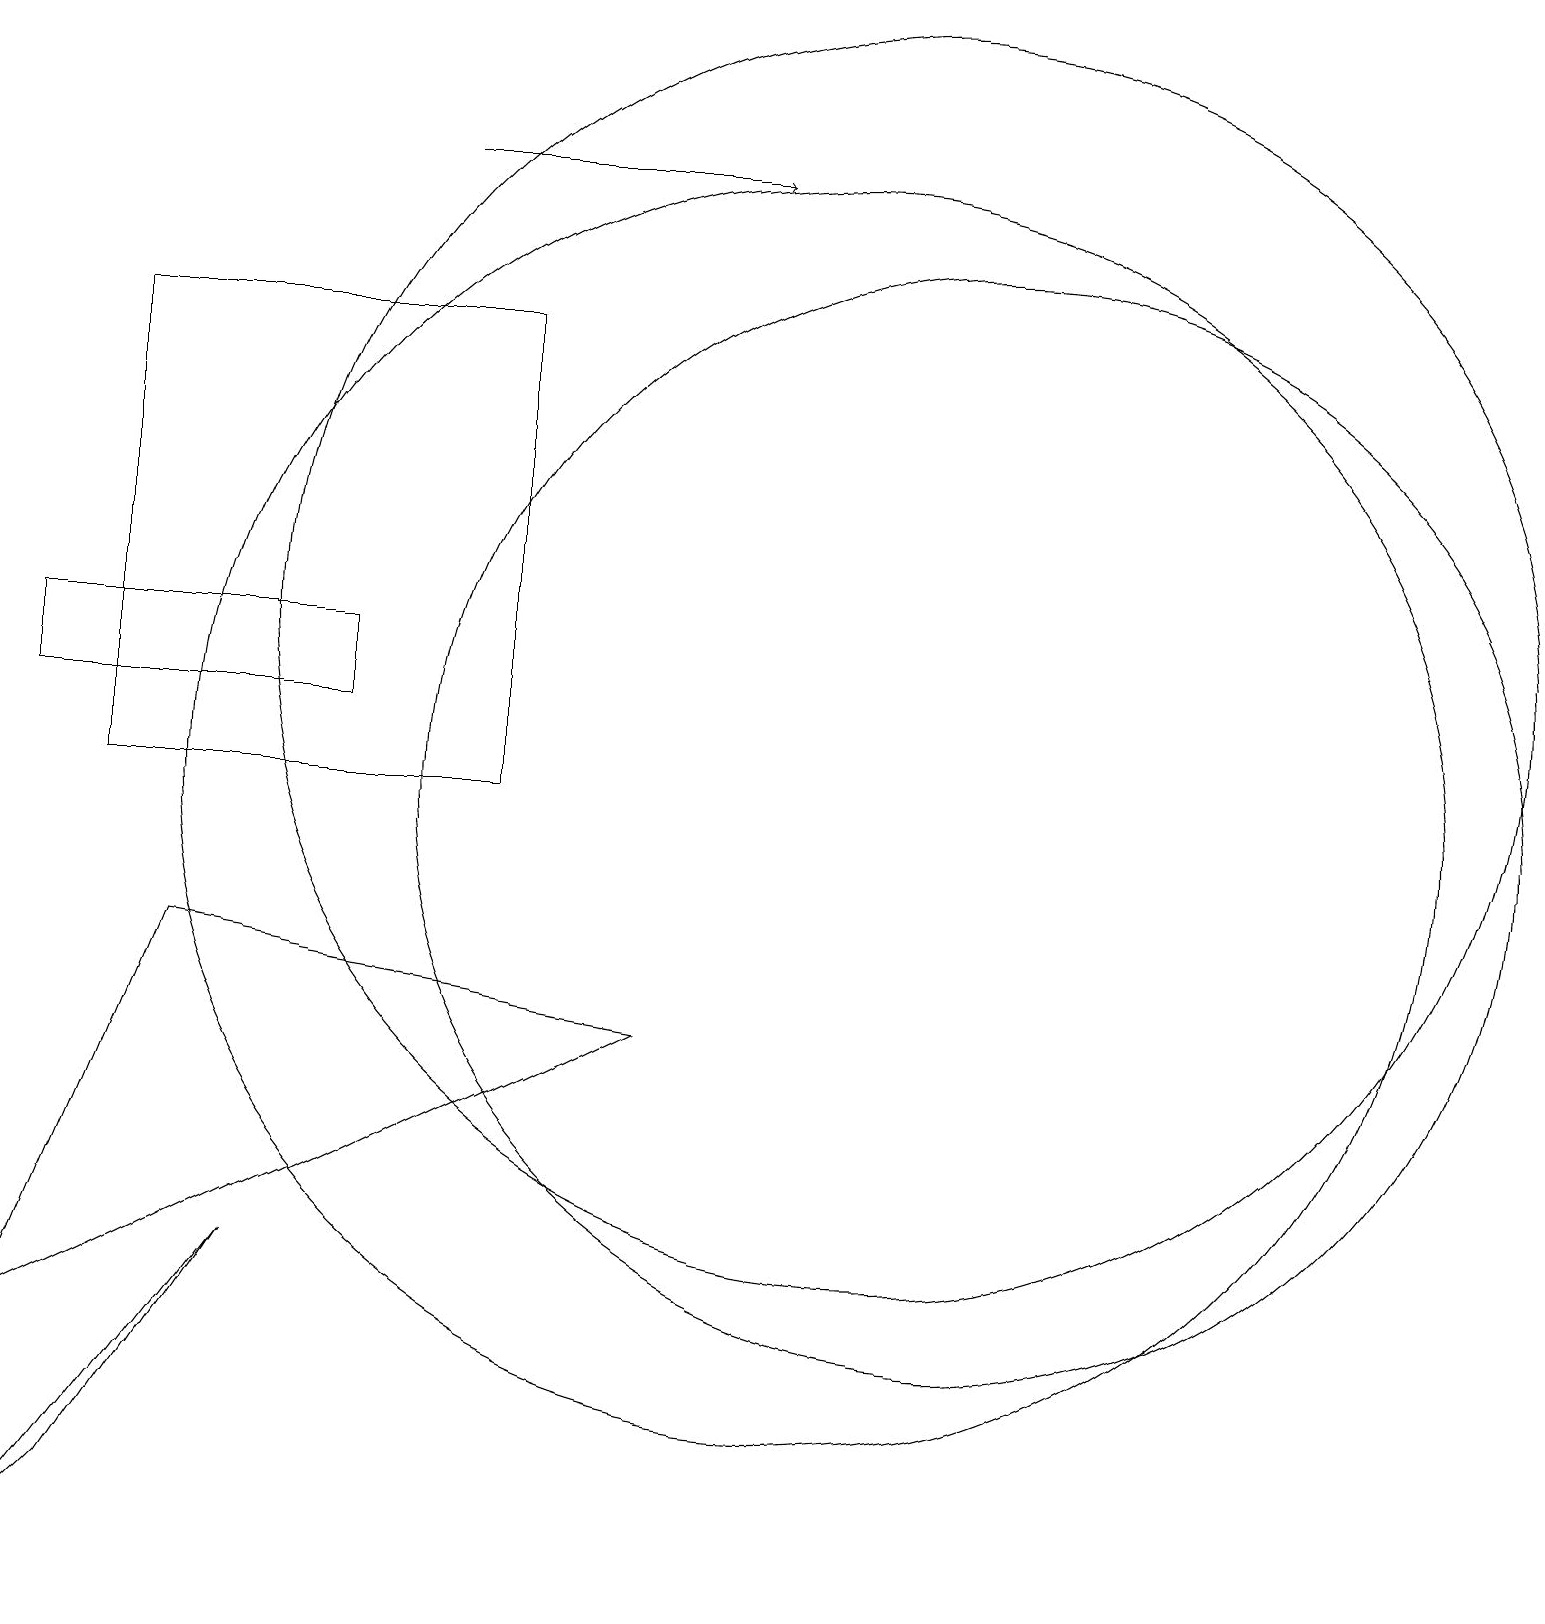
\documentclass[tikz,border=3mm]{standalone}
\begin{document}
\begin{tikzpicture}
\draw (8,7) -- (0,3) -- (2,8) -- cycle;
\draw (3,4) -- (1,1) -- (0,0) -- cycle;
\draw (10,10) circle (8);
\draw (0,12) rectangle (4,11);
\draw[->] (5,18) -- (9,18);
\draw (6,16) rectangle (1,10);
\draw (11,12) circle (8);
\draw (12,10) circle (7);
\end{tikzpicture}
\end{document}